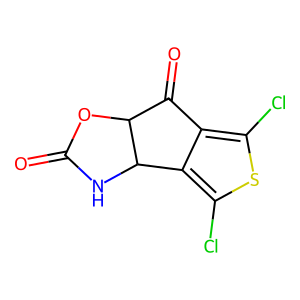
SMILES: O=C1NC2c3c(Cl)sc(Cl)c3C(=O)C2O1
Inhibits HIV replication: No